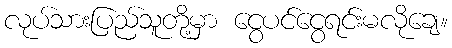
လုပ်သားပြည်သူတို့မှာ ငွေပင်ငွေရင်းမလိုချေ။